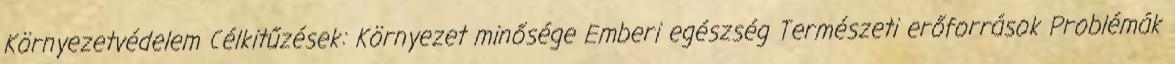
Környezetvédelem Célkitűzések: Környezet minősége Emberi egészség Természeti erőforrások Problémák